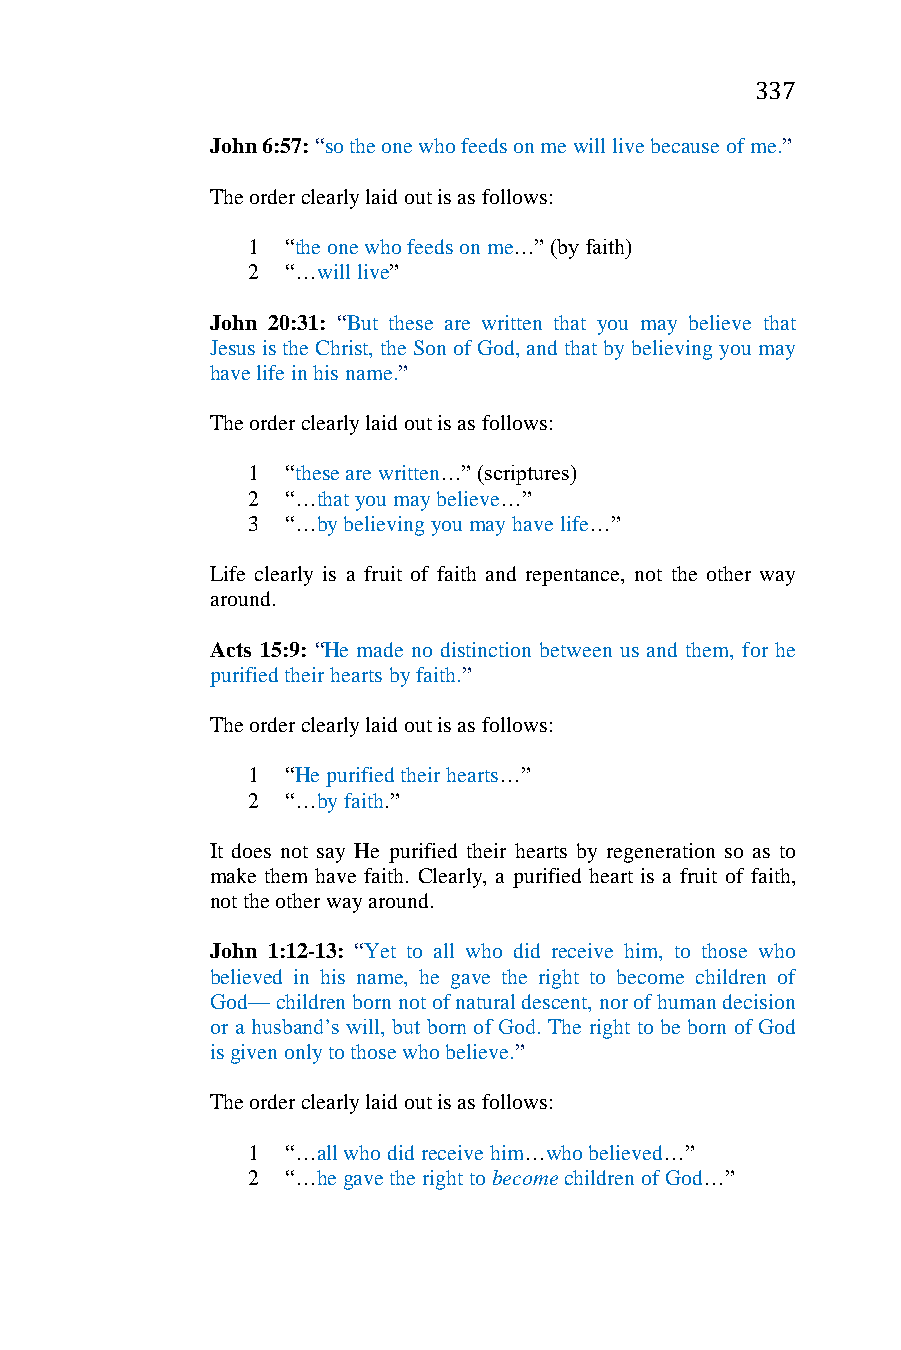
337
 John 6:57: “so the one who feeds on me will live because of me.”
 The order clearly laid out is as follows:
 1  “the one who feeds on me…” (by faith)
 2  “…will live”
 John 20:31: “But these are written that you may believe that
 Jesus is the Christ, the Son of God, and that by believing you may
 have life in his name.”
 The order clearly laid out is as follows:
 1  “these are written…” (scriptures)
 2  “…that you may believe…”
 3  “…by believing you may have life…”
 Life clearly is a fruit of faith and repentance, not the other way
 around.
 Acts 15:9: “He made no distinction between us and them, for he
 purified their hearts by faith.”
 The order clearly laid out is as follows:
 1  “He purified their hearts…”
 2  “…by faith.”
 It does not say He purified their hearts by regeneration so as to
 make them have faith. Clearly, a purified heart is a fruit of faith,
 not the other way around.
 John 1:12-13: “Yet to all who did receive him, to those who
 believed in his name, he gave the right to become children of
 God— children born not of natural descent, nor of human decision
 or a husband’s will, but born of God. The right to be born of God
 is given only to those who believe.”
 The order clearly laid out is as follows:
 1  “…all who did receive him…who believed…”
 2  “…he gave the right to become children of God…”